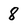
Character: 8